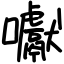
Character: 囐